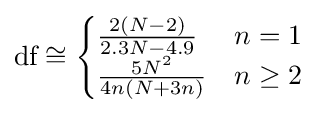
{\text{df}}\cong {\begin{cases}{\frac {2(N-2)}{2.3N-4.9}}&n=1\\{\frac {5N^{2}}{4n(N+3n)}}&n\geq 2\end{cases}}